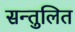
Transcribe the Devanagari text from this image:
सन्‍तुलित